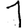
Digit: 1